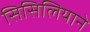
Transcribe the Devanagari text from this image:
सिसिलियाने